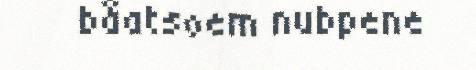
båatsoem nubpene